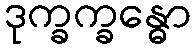
ဒုက္ခက္ခန္ဓော